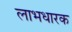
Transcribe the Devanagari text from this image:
लाभधारक